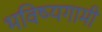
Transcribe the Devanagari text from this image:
भविष्यगामी